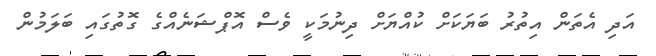
އަދި އެތަން އިތުރު ބަޔަކަށް ކުއްޔަށް ދިނުމަކީ ވެސް އޮޕްޝަނެއްގެ ގޮތުގައި ބަލަމުން